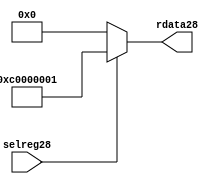
//File28 name   : smc_cfreg_lite28.v
//Title28       : 
//Created28     : 1999
//Description28 : Single28 instance of a config register
//Notes28       : 
//----------------------------------------------------------------------
//   Copyright28 1999-2010 Cadence28 Design28 Systems28, Inc28.
//   All Rights28 Reserved28 Worldwide28
//
//   Licensed28 under the Apache28 License28, Version28 2.0 (the
//   "License28"); you may not use this file except28 in
//   compliance28 with the License28.  You may obtain28 a copy of
//   the License28 at
//
//       http28://www28.apache28.org28/licenses28/LICENSE28-2.0
//
//   Unless28 required28 by applicable28 law28 or agreed28 to in
//   writing, software28 distributed28 under the License28 is
//   distributed28 on an "AS28 IS28" BASIS28, WITHOUT28 WARRANTIES28 OR28
//   CONDITIONS28 OF28 ANY28 KIND28, either28 express28 or implied28.  See
//   the License28 for the specific28 language28 governing28
//   permissions28 and limitations28 under the License28.
//----------------------------------------------------------------------



module smc_cfreg_lite28 (
  // inputs28
  selreg28,

  // outputs28
  rdata28
);


// Inputs28
input         selreg28;               // select28 the register for read/write access

// Outputs28
output [31:0] rdata28;                 // Read data

wire   [31:0] smc_config28;
wire   [31:0] rdata28;


assign rdata28 = ( selreg28 ) ? smc_config28 : 32'b0;
assign smc_config28 =  {1'b1,1'b1,8'h00, 2'b00, 2'b00, 2'b00, 2'b00,2'b00,2'b00,2'b00,8'h01};




endmodule // smc_cfreg28